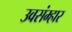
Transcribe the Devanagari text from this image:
उवसंम्हार